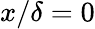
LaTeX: x/\delta=0